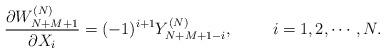
LaTeX: \begin{align*}{\partial W_{N+M+1}^{(N)} \over \partial X_i}=(-1)^{i+1}Y^{(N)}_{N+M+1-i}, \hskip10mm i=1,2,\cdots,N.\end{align*}